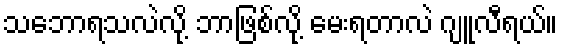
သဘောရသလဲလို့ ဘာဖြစ်လို့ မေးရတာလဲ ဂျူလီရယ်။